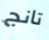
تانج